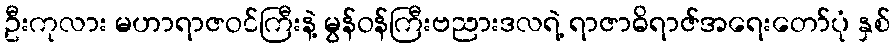
ဦးကုလား မဟာရာဇဝင်ကြီးနဲ့ မွန်ဝန်ကြီးဗညားဒလရဲ့ ရာဇာဓိရာဇ်အရေးတော်ပုံ နှစ်